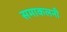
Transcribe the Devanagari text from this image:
समाकलनी